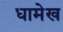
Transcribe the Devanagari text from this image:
धामेख